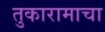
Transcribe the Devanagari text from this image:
तुकारामाचा